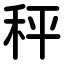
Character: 秤